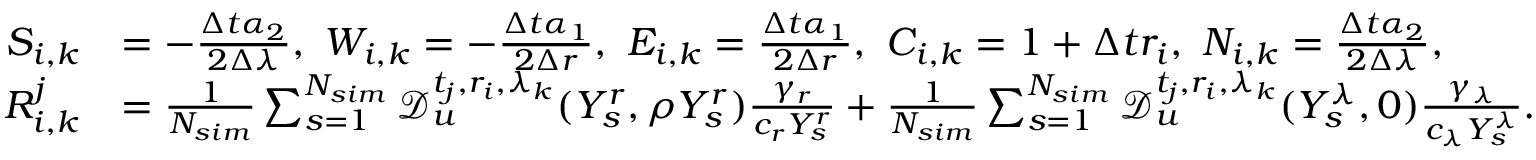
\begin{array} { r l } { S _ { i , k } } & { = - \frac { \Delta t \alpha _ { 2 } } { 2 \Delta \lambda } , \ W _ { i , k } = - \frac { \Delta t \alpha _ { 1 } } { 2 \Delta r } , \ E _ { i , k } = \frac { \Delta t \alpha _ { 1 } } { 2 \Delta r } , \ C _ { i , k } = 1 + \Delta t r _ { i } , \ N _ { i , k } = \frac { \Delta t \alpha _ { 2 } } { 2 \Delta \lambda } , } \\ { R _ { i , k } ^ { j } } & { = \frac { 1 } { N _ { s i m } } \sum _ { s = 1 } ^ { N _ { s i m } } \mathcal { D } _ { u } ^ { t _ { j } , r _ { i } , \lambda _ { k } } ( Y _ { s } ^ { r } , \rho Y _ { s } ^ { r } ) \frac { \gamma _ { r } } { c _ { r } Y _ { s } ^ { r } } + \frac { 1 } { N _ { s i m } } \sum _ { s = 1 } ^ { N _ { s i m } } \mathcal { D } _ { u } ^ { t _ { j } , r _ { i } , \lambda _ { k } } ( Y _ { s } ^ { \lambda } , 0 ) \frac { \gamma _ { \lambda } } { c _ { \lambda } Y _ { s } ^ { \lambda } } . } \end{array}